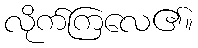
လိုက်ကြလေ၏။